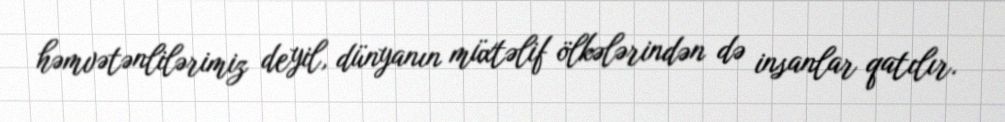
həmvətənlilərimiz deyil, dünyanın müxtəlif ölkələrindən də insanlar qatılır.